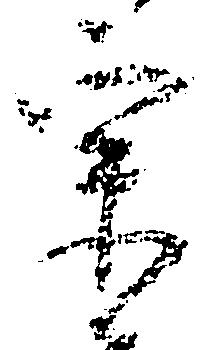
宗